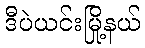
ဒီပဲယင်းမြို့နယ်